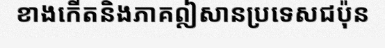
ខាងកើតនិងភាគឦសានប្រទេសជប៉ុន